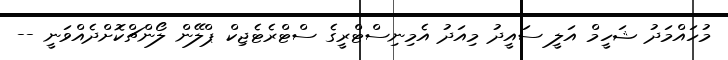
މުހައްމަދު ޝަހީމް އަލީ ސައީދު މިއަދު އެމިނިސްޓްރީގެ ސްޓްރެޓެޖިކް ޕްލޭން ލޯންޗްކޮށްދެއްވަނީ --